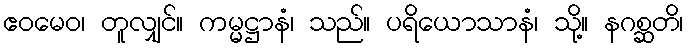
ဧဝမေဝ၊ တူလျှင်။ ကမ္မဋ္ဌာနံ၊ သည်။ ပရိယောသာနံ၊ သို့။ နဂစ္ဆတိ၊